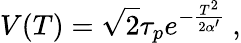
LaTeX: V(T)=\sqrt{2}\tau_{p}e^{-{\frac{T^{2}}{2\alpha^{\prime}}}}\ ,